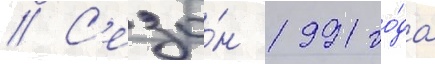
// С'езо́н 1991 го́да